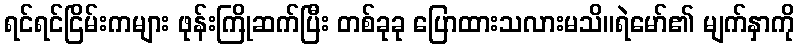
ရင်ရင်ငြိမ်းကများ ဖုန်းကြိုဆက်ပြီး တစ်ခုခု ပြောထားသလားမသိ။ရဲမော်၏ မျက်နှာကို